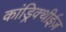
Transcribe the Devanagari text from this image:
कांड्रिक्थीईज़